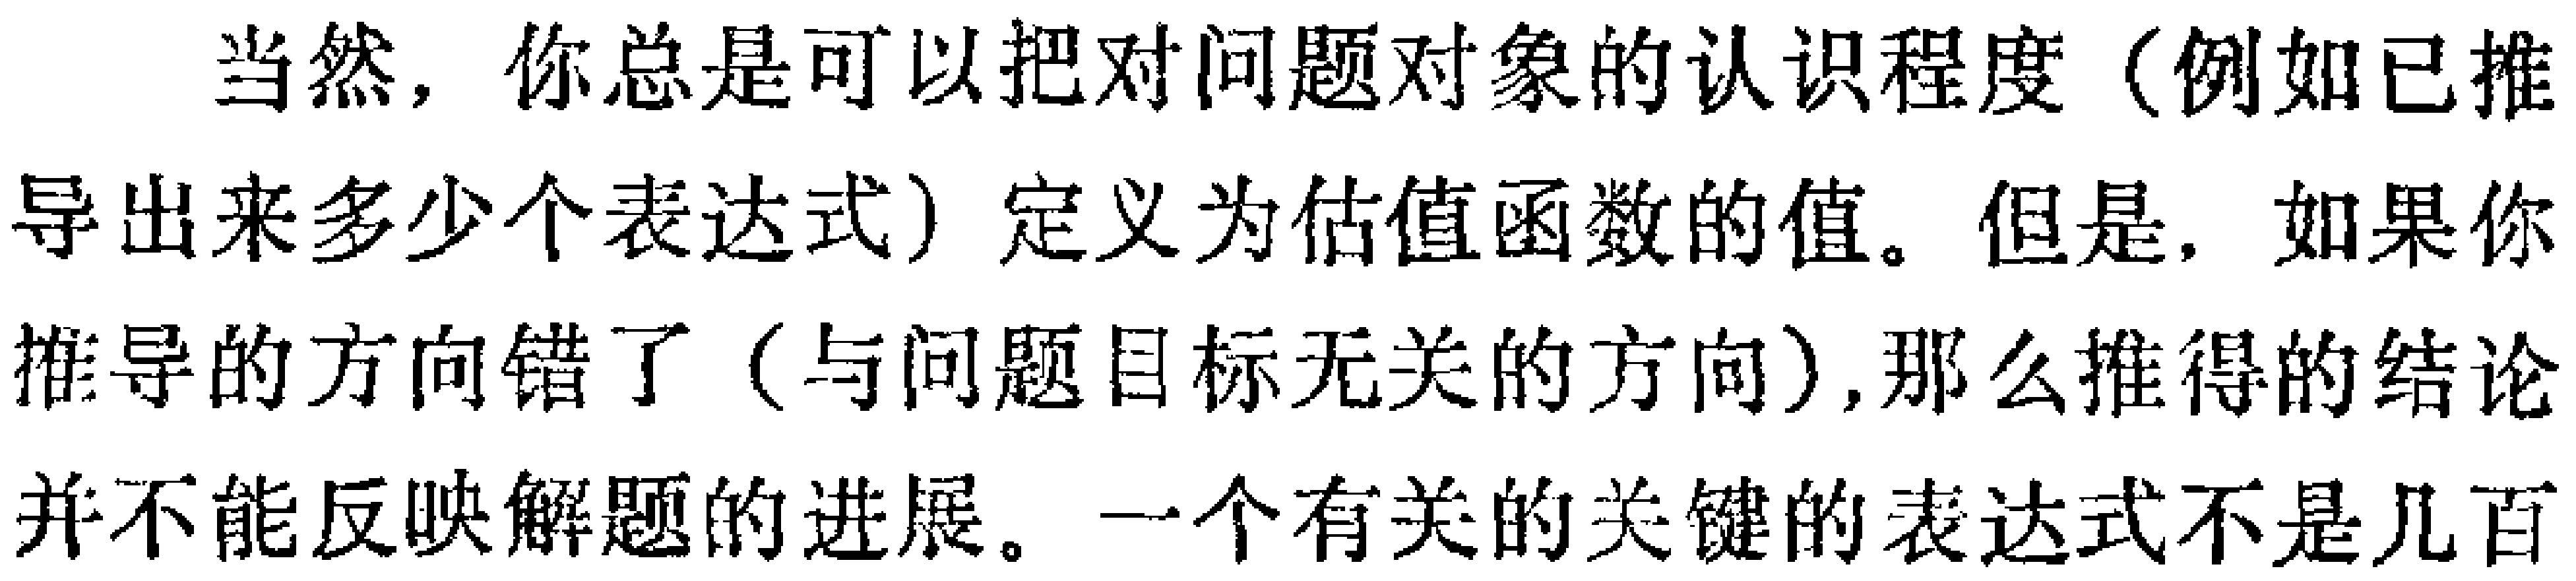
当然，你总是可以把对问题对象的认识程度（例如已推导出来多少个表达式）定义为估值函数的值。但是，如果你推导的方向错了（与问题目标无关的方向）,那么推得的结论并不能反映解题的进展。一个有关的关键的表达式不是几百